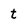
Character: t